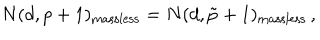
N ( d , p + 1 ) _ { \mathrm { m a s s l e s s } } = N ( d , \tilde { p } + 1 ) _ { \mathrm { m a s s l e s s } } \, ,